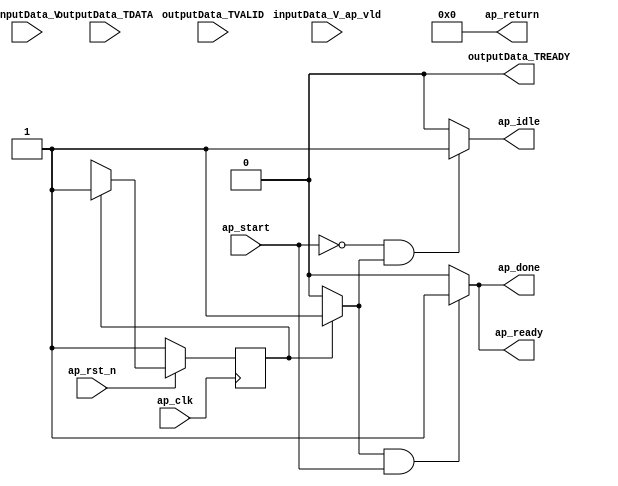
module axi_stream_gpio (
        ap_clk,
        ap_rst_n,
        ap_start,
        ap_done,
        ap_idle,
        ap_ready,
        inputData_V,
        inputData_V_ap_vld,
        outputData_TDATA,
        outputData_TVALID,
        outputData_TREADY,
        ap_return
);

parameter    ap_const_logic_1 = 1'b1;
parameter    ap_const_logic_0 = 1'b0;
parameter    ap_ST_st1_fsm_0 = 1'b1;
parameter    ap_const_lv32_0 = 32'b00000000000000000000000000000000;
parameter    ap_const_lv1_1 = 1'b1;
parameter    ap_true = 1'b1;

input   ap_clk;
input   ap_rst_n;
input   ap_start;
output   ap_done;
output   ap_idle;
output   ap_ready;
input  [0:0] inputData_V;
input   inputData_V_ap_vld;
input  [31:0] outputData_TDATA;
input   outputData_TVALID;
output   outputData_TREADY;
output  [31:0] ap_return;

reg ap_done;
reg ap_idle;
reg ap_ready;
reg    ap_rst_n_inv;
(* fsm_encoding = "none" *) reg   [0:0] ap_CS_fsm = 1'b1;
reg    ap_sig_cseq_ST_st1_fsm_0;
reg    ap_sig_bdd_19;
reg   [0:0] ap_NS_fsm;




/// the current state (ap_CS_fsm) of the state machine. ///
always @ (posedge ap_clk)
begin : ap_ret_ap_CS_fsm
    if (ap_rst_n_inv == 1'b1) begin
        ap_CS_fsm <= ap_ST_st1_fsm_0;
    end else begin
        ap_CS_fsm <= ap_NS_fsm;
    end
end

/// ap_done assign process. ///
always @ (ap_start or ap_sig_cseq_ST_st1_fsm_0)
begin
    if (((ap_const_logic_1 == ap_sig_cseq_ST_st1_fsm_0) & ~(ap_start == ap_const_logic_0))) begin
        ap_done = ap_const_logic_1;
    end else begin
        ap_done = ap_const_logic_0;
    end
end

/// ap_idle assign process. ///
always @ (ap_start or ap_sig_cseq_ST_st1_fsm_0)
begin
    if ((~(ap_const_logic_1 == ap_start) & (ap_const_logic_1 == ap_sig_cseq_ST_st1_fsm_0))) begin
        ap_idle = ap_const_logic_1;
    end else begin
        ap_idle = ap_const_logic_0;
    end
end

/// ap_ready assign process. ///
always @ (ap_start or ap_sig_cseq_ST_st1_fsm_0)
begin
    if (((ap_const_logic_1 == ap_sig_cseq_ST_st1_fsm_0) & ~(ap_start == ap_const_logic_0))) begin
        ap_ready = ap_const_logic_1;
    end else begin
        ap_ready = ap_const_logic_0;
    end
end

/// ap_sig_cseq_ST_st1_fsm_0 assign process. ///
always @ (ap_sig_bdd_19)
begin
    if (ap_sig_bdd_19) begin
        ap_sig_cseq_ST_st1_fsm_0 = ap_const_logic_1;
    end else begin
        ap_sig_cseq_ST_st1_fsm_0 = ap_const_logic_0;
    end
end
/// the next state (ap_NS_fsm) of the state machine. ///
always @ (ap_start or ap_CS_fsm)
begin
    case (ap_CS_fsm)
        ap_ST_st1_fsm_0 : 
        begin
            ap_NS_fsm = ap_ST_st1_fsm_0;
        end
        default : 
        begin
            ap_NS_fsm = 'bx;
        end
    endcase
end

assign ap_return = ap_const_lv32_0;

/// ap_rst_n_inv assign process. ///
always @ (ap_rst_n)
begin
    ap_rst_n_inv = ~ap_rst_n;
end

/// ap_sig_bdd_19 assign process. ///
always @ (ap_CS_fsm)
begin
    ap_sig_bdd_19 = (ap_CS_fsm[ap_const_lv32_0] == ap_const_lv1_1);
end
assign outputData_TREADY = ap_const_logic_0;


endmodule